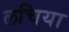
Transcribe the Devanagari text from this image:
लचिया